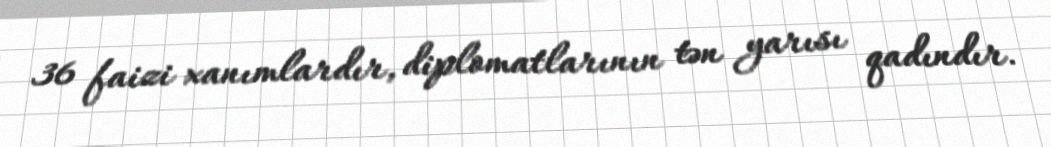
36 faizi xanımlardır, diplomatlarının tən yarısı qadındır.